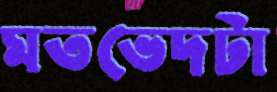
মতভেদটা